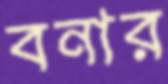
বনার